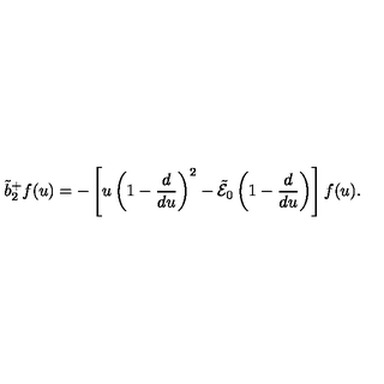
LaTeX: \tilde { b } _ { 2 } ^ { + } f ( u ) = - \left[ u \left( 1 - { \frac { d } { d u } } \right) ^ { 2 } - \tilde { \cal E } _ { 0 } \left( 1 - { \frac { d } { d u } } \right) \right] f ( u ) .